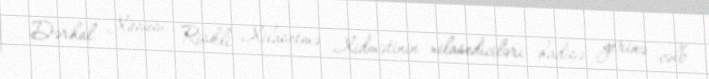
Dərhal Xüsusi Riskli Xilasetmə Xidmətinin xilasediciləri hadisə yerinə cəlb